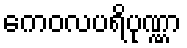
ကေဝလပရိပုဏ္ဏာ